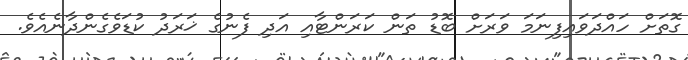
ގޮތަށް ހައްދަވައިފިނަމަ ވަރަށް ބޮޑު ތަން ކަރަންޓާއި އަދި ފެނުގެ ޚަރަދު ކުޑަވެގެންދާނެއެވެ.